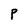
Character: P